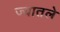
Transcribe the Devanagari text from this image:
ज्यातले